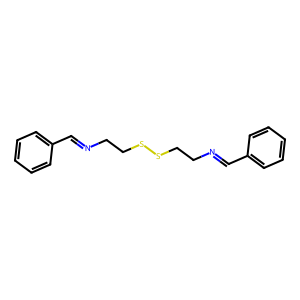
SMILES: C(=NCCSSCCN=Cc1ccccc1)c1ccccc1
Inhibits HIV replication: No